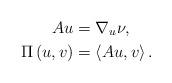
LaTeX: \begin{align*}Au & =\nabla_{u}\nu,\\\Pi\left( u,v\right) & =\left\langle Au,v\right\rangle .\end{align*}